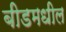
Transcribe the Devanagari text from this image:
बीडमधील